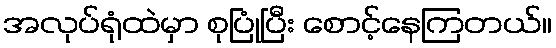
အလုပ်ရုံထဲမှာ စုပြုံပြီး စောင့်နေကြတယ်။